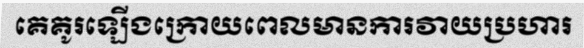
គេគូរឡើងក្រោយពេលមានការវាយប្រហារ